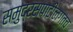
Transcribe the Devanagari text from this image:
समुद्रसपाटीलगतच